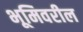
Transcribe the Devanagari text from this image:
भूमिवरील